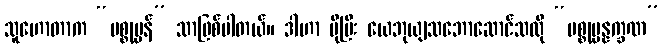
သူဟောတာက “ပစ္စုပ္ပန်” သာဖြစ်ပါတယ်။ ဒါဟာ ပိုပြီး ယေဘုယျသဘောဆောင်သလို “ပစ္စုပ္ပန္နက္ခဏ”